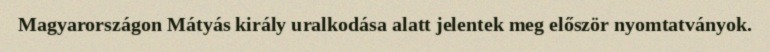
Magyarországon Mátyás király uralkodása alatt jelentek meg először nyomtatványok.